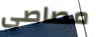
مصاصى